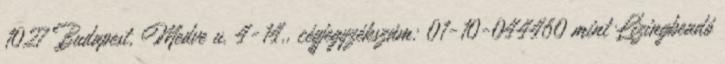
1027 Budapest, Medve u. 4-14., cégjegyzékszám: 01-10-044460 mint Lízingbeadó